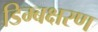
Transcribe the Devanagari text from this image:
डिम्बक्षरण